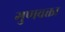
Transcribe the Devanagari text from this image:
गुणवक्ता